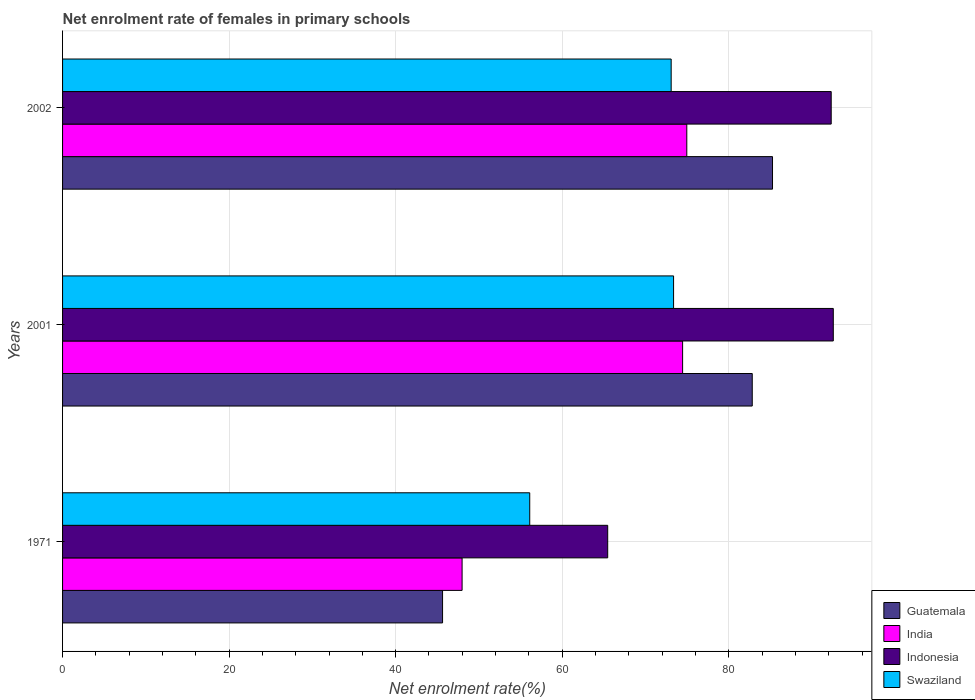
| Years | Guatemala | India | Indonesia | Swaziland |
 | --- | --- | --- | --- | --- |
 | 1971 | 45.6 | 48 | 65.5 | 56.1 |
 | 2001 | 82.8 | 74.5 | 92.6 | 73.4 |
 | 2002 | 85.3 | 75 | 92.3 | 73.1 |